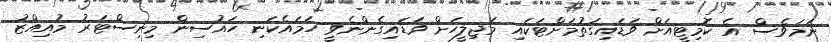
ނަމަވެސް އެ ކޮމިޓީއަށް ވަޑައިގަތުމަށްޓަކައި މަޖިލީހަށް ވަޑައިގެންނެވީ ހަމައެކަނި ހައުސިން މިނިސްޓަރު މުއިއްޒު